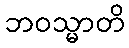
ဘဝသ္မာတိ